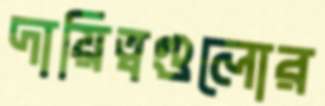
দায়িত্বগুলোর